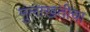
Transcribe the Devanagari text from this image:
मुलाखतीचा